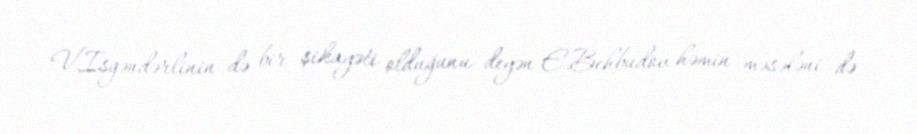
V.Isgəndərlinin də bir şikayəti olduğunu deyən E.Behbudov həmin məsələni də